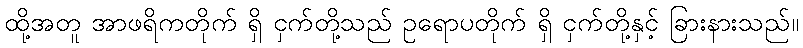
ထို့အတူ အာဖရိကတိုက် ရှိ ငှက်တို့သည် ဥရောပတိုက် ရှိ ငှက်တို့နှင့် ခြားနားသည်။